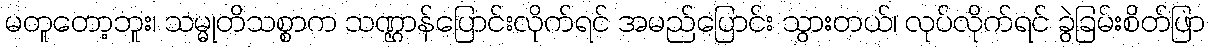
မတူတော့ဘူး၊ သမ္မုတိသစ္စာက သဏ္ဌာန်ပြောင်းလိုက်ရင် အမည်ပြောင်း သွားတယ်၊ လုပ်လိုက်ရင် ခွဲခြမ်းစိတ်ဖြာ